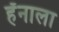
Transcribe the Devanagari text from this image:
हॅनाला